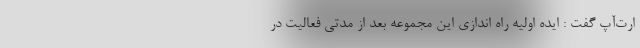
ارت‌آپ گفت : ایده اولیه راه اندازی این مجموعه بعد از مدتی فعالیت در